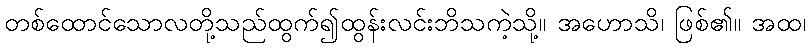
တစ်ထောင်သောလတို့သည်ထွက်၍ထွန်းလင်းဘိသကဲ့သို့။ အဟောသိ၊ ဖြစ်၏။ အထ၊